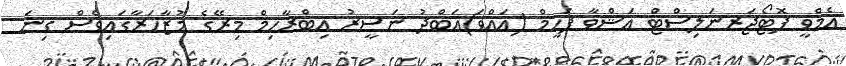
އެމްވީ ފޮޓޯޖަރނަލިސްޓް އަޝްވާ ފަހީމް (އައްވަ)އަބްދު ނަސީރު އިބްރާހިމް މިރޭގެ މުޒާހަރާގައިވެސް ގިނަ